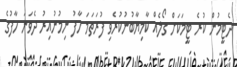
ދެޓީމުން ކުރެ ޓީމަކަށް ގޯލެއް ކާމިޔާބުނުކުރެވި ފުރަތަމަ ހާފު ނިމުނުއިރު ދެވަނަ ހާފުގެ